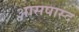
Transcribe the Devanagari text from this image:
आसपास्द